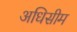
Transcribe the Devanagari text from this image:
अधिसीम